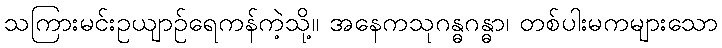
သကြားမင်းဥယျာဉ်ရေကန်ကဲ့သို့။ အနေကသုဂန္ဓဂန္ဓာ၊ တစ်ပါးမကများသော